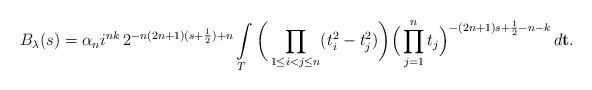
LaTeX: \begin{align*} B_\lambda(s)&=\alpha_ni^{nk}\,2^{-n(2n+1)(s+\frac12)+n}\int\limits_T\bigg(\prod_{1\leq i<j\leq n}(t_i^2-t_j^2)\bigg)\Big(\prod_{j=1}^nt_j\Big)^{-(2n+1)s+\frac12-n-k}\,d\mathbf{t}.\end{align*}